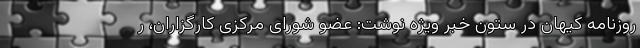
روزنامه کیهان در ستون خبر ویژه نوشت: عضو شورای مرکزی کارگزاران، ر